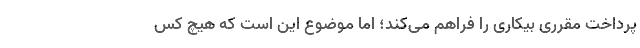
پرداخت مقرری بیکاری را فراهم می‌کند؛ اما موضوع این است که هیچ کس